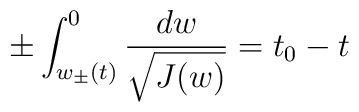
\pm\int_{w_{\pm}(t)}^0\frac{dw}{\sqrt{J(w)}}=t_0-t